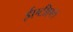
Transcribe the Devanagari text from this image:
ईएटीएल